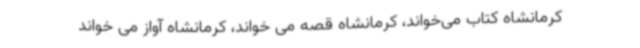
کرمانشاه کتاب می‌خواند، کرمانشاه قصه می خواند، کرمانشاه آواز می خواند